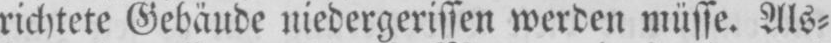
richtete Gebäude niedergerissen werden müsse. Als⸗